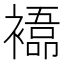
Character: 𮖰